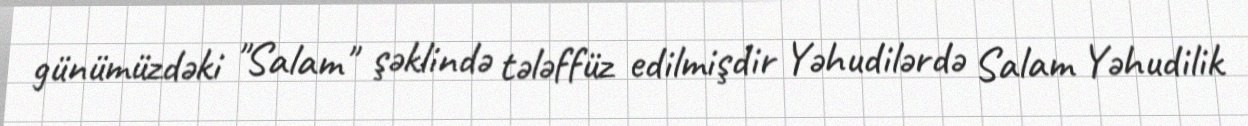
günümüzdəki "Salam" şəklində tələffüz edilmişdir Yəhudilərdə Salam Yəhudilik